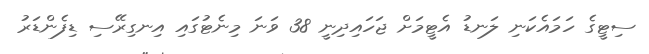
ސިޓީގެ ހަމައެކަނި ލަނޑު އެޓީމަށް ޖަހައިދިނީ 38 ވަނަ މިނެޓުގައި އިނގިރޭސި ޑިފެންޑަރު